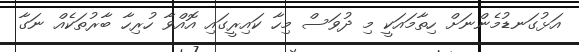
އަޅުގަނޑުމެންނަށް ހިތާމައަކީ މި ދުވަސް މިހާ ކައިރީގައި އޮއްވާ ހުރިހާ ބާރުތަކެއް ނަގާ